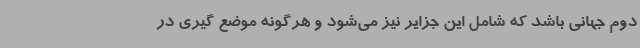
دوم جهانی باشد که شامل این جزایر نیز می‌شود و هرگونه موضع گیری در